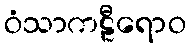
ဝံသာကဠီရောဝ